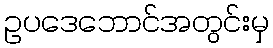
ဥပဒေဘောင်အတွင်းမှ